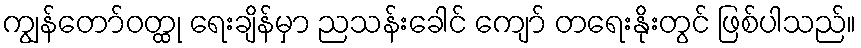
ကျွန်တော်ဝတ္ထု ရေးချိန်မှာ ညသန်းခေါင် ကျော် တရေးနိုးတွင် ဖြစ်ပါသည်။